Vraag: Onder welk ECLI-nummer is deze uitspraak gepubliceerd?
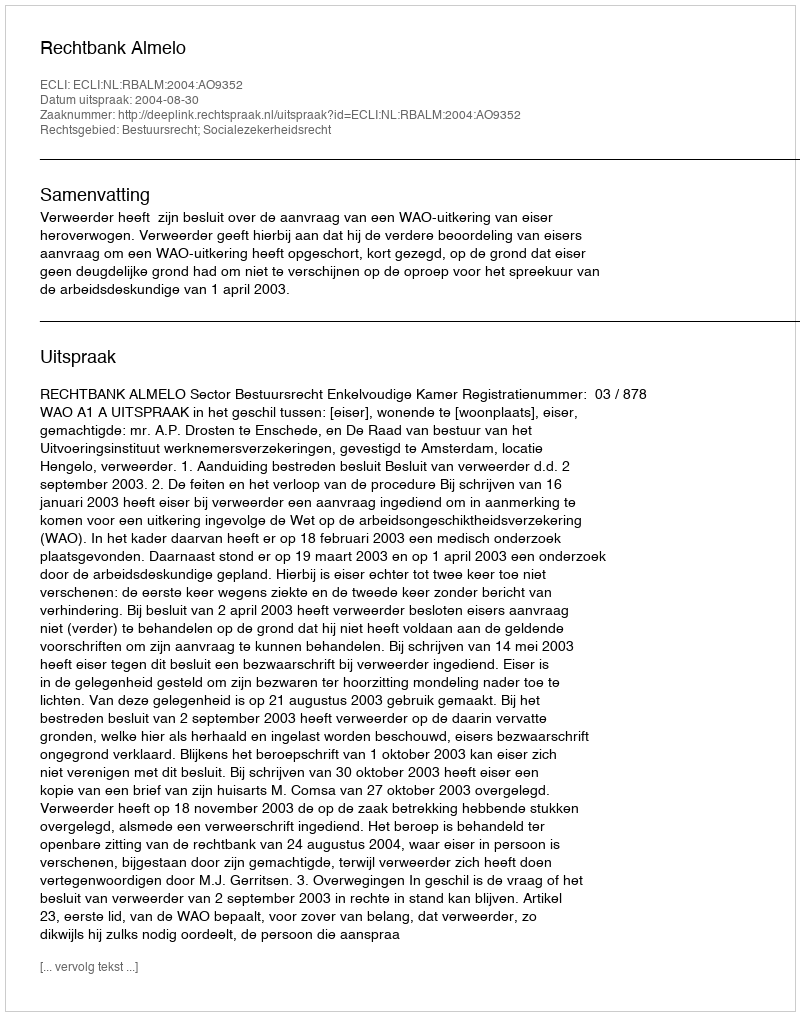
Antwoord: ECLI:NL:RBALM:2004:AO9352